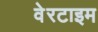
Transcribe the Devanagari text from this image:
वेरटाइम